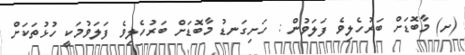
(ށ) މާބޮޑަށް ބަރުހެލިވެ ފަލަވުން : ހަށިގަނޑު މާބޮޑަށް ބަރުހެލިވެ ފަލަވުމަކީ ހުޅުތަކަށް